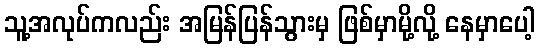
သူ့အလုပ်ကလည်း အမြန်ပြန်သွားမှ ဖြစ်မှာမို့လို့ နေမှာပေါ့